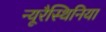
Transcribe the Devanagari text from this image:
न्यूरैस्थिनिया